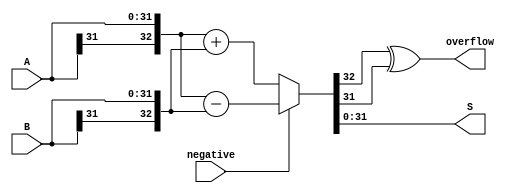
/*
 * Arithmetical calculating unit
*/
module Arithmetic(
    input[31:0]         A,
    input[31:0]         B,
    input               negative,
    output[31:0]        S,
    output              overflow
);
    wire[32:0] temp_A = {A[31], A};
    wire[32:0] temp_B = {B[31], B};
    wire[32:0] temp_S = negative ? (temp_A - temp_B) : (temp_A + temp_B);
    assign overflow = temp_S[32] ^ temp_S[31];
    assign S = temp_S[31:0];
endmodule